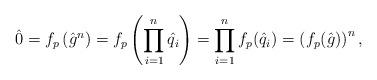
LaTeX: \begin{align*} \hat{0} = f_p \left( \hat{g}^n \right) = f_p \left( \prod_{i=1}^n \hat{q}_i \right) = \prod_{i=1}^n f_p( \hat{q}_i ) = \left( f_p(\hat{g}) \right)^n,\end{align*}